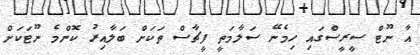
އާ ނޫޓް ސީރީސްގައި ހިމެނޭ ސަލާމަތީ ފީޗާސް ތަކަށް ބަލާއިރު ކޮންމެ ނޫޓަކަށް